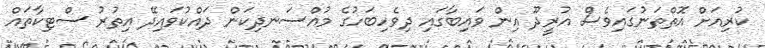
ކުރިއަށް އޮތްތަނުގައިވެސް އުރީދޫ އިން ވައިބާގައި ދިވެހިބަހުގެ މުއްސަނދިކަން ދައްކުވައިދޭ އިތުރު ސްޓިކާތައް